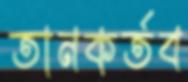
তানকর্তব